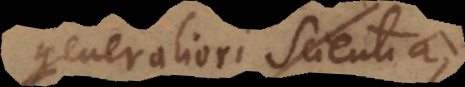
generaliori scientia,